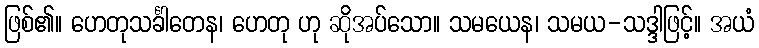
ဖြစ်၏။ ဟေတုသင်္ခါတေန၊ ဟေတု ဟု ဆိုအပ်သော။ သမယေန၊ သမယ-သဒ္ဒါဖြင့်။ အယံ